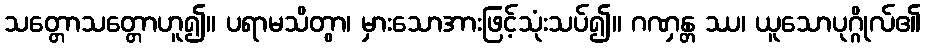
သတ္တောသတ္တောဟူ၍။ ပရာမသိတွာ၊ မှားသောအားဖြင့်သုံးသပ်၍။ ဂဏှန္တ ဿ၊ ယူသောပုဂ္ဂိုလ်၏